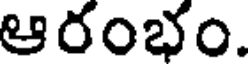
ఆరంభం.